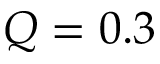
Q = 0 . 3